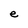
Character: e